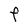
Character: F